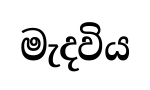
මැදවිය